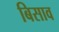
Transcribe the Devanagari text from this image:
बिसाव